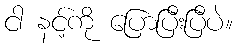
ငါ နင့်ကို ပြောပြီးပြီပဲ။